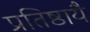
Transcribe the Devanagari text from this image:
प्रतिष्ठायै